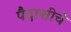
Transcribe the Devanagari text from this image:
पैदाशीचे